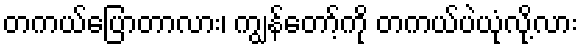
တကယ်ပြောတာလား၊ ကျွန်တော့်ကို တကယ်ပဲယုံလို့လား